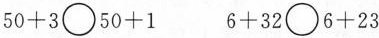
$$5 0 + 3 \bigcirc 5 0 + 1$$ $$6 + 3 2 \bigcirc 6 + 2 3$$